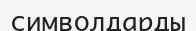
символдарды